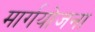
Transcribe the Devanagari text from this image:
मार्गयोजना